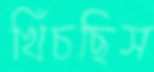
খিঁচছিস